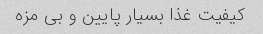
کیفیت غذا بسیار پایین و بی مزه